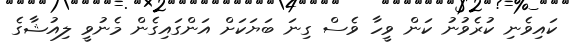
ކައިވެނި ކުރެވުނު ކަން ވީހާ ވެސް ގިނަ ބަޔަކަށް އަންގައިގެން މެނުވީ ލިއުޝާގެ